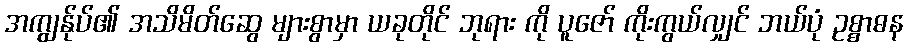
အကျွန်ုပ်၏ အသိမိတ်ဆွေ များစွာမှာ ယခုတိုင် ဘုရား ကို ပူဇော် ကိုးကွယ်လျှင် ဘယ်ပုံ ဥစ္စာဓန